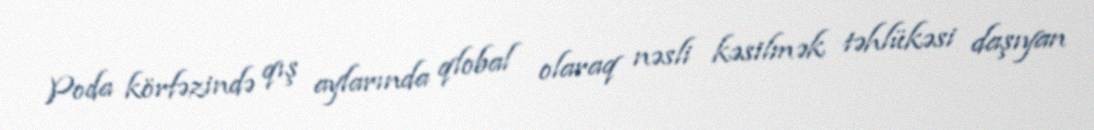
Poda körfəzində qış aylarında qlobal olaraq nəsli kəsilmək təhlükəsi daşıyan